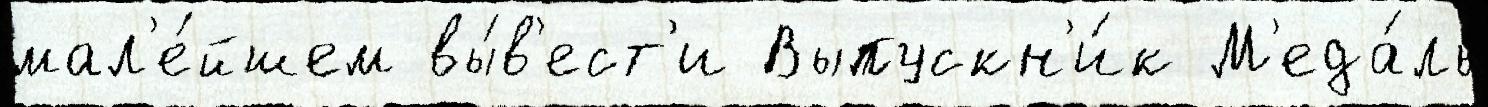
мал'е́йшем вы́в'ест'и Выпускн'и́к М'еда́ль